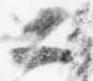
公